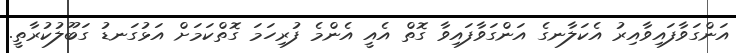
އަންގަވާފައިވާއިރު އެކަލާނގެ އަންގަވާފައިވާ ގޮތް އެއީ އެންމެ ފުރިހަމަ ގޮތްކަމަށް އަޅުގަނޑު ގަބޫލުކުރާތީ.